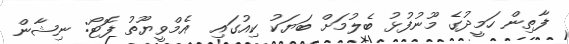
ފާތިން ހަމީދުގެ މޫނުފުޅު ބެލުމަށް ބަޔަކު ކިއުގައި  އެމްވީޔޫތު ފޮޓޯ: ނިޝާން